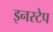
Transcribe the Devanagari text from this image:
इनस्टेप